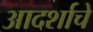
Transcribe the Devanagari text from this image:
आदर्शाचे